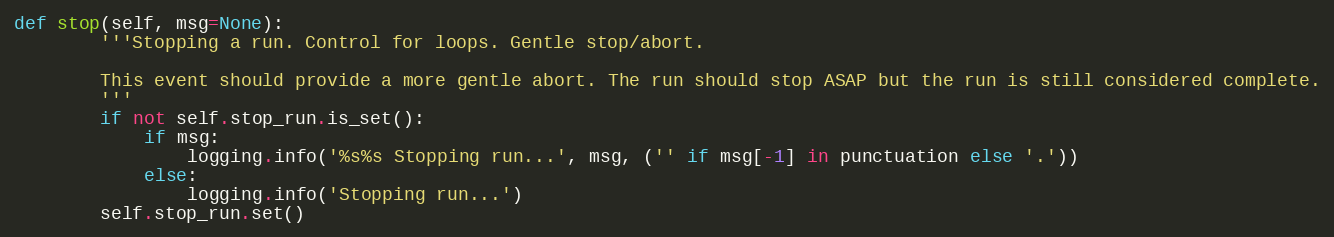
Language: Python
def stop(self, msg=None):
        '''Stopping a run. Control for loops. Gentle stop/abort.

        This event should provide a more gentle abort. The run should stop ASAP but the run is still considered complete.
        '''
        if not self.stop_run.is_set():
            if msg:
                logging.info('%s%s Stopping run...', msg, ('' if msg[-1] in punctuation else '.'))
            else:
                logging.info('Stopping run...')
        self.stop_run.set()